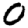
Digit: 0